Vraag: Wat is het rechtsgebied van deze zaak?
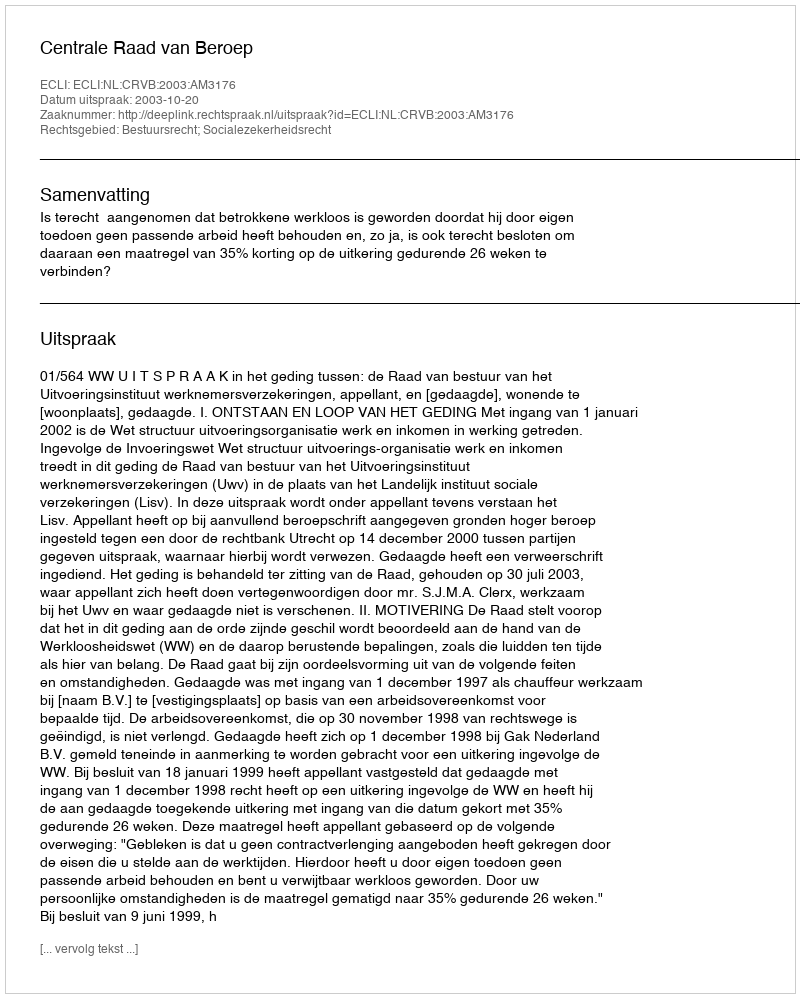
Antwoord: Bestuursrecht; Socialezekerheidsrecht